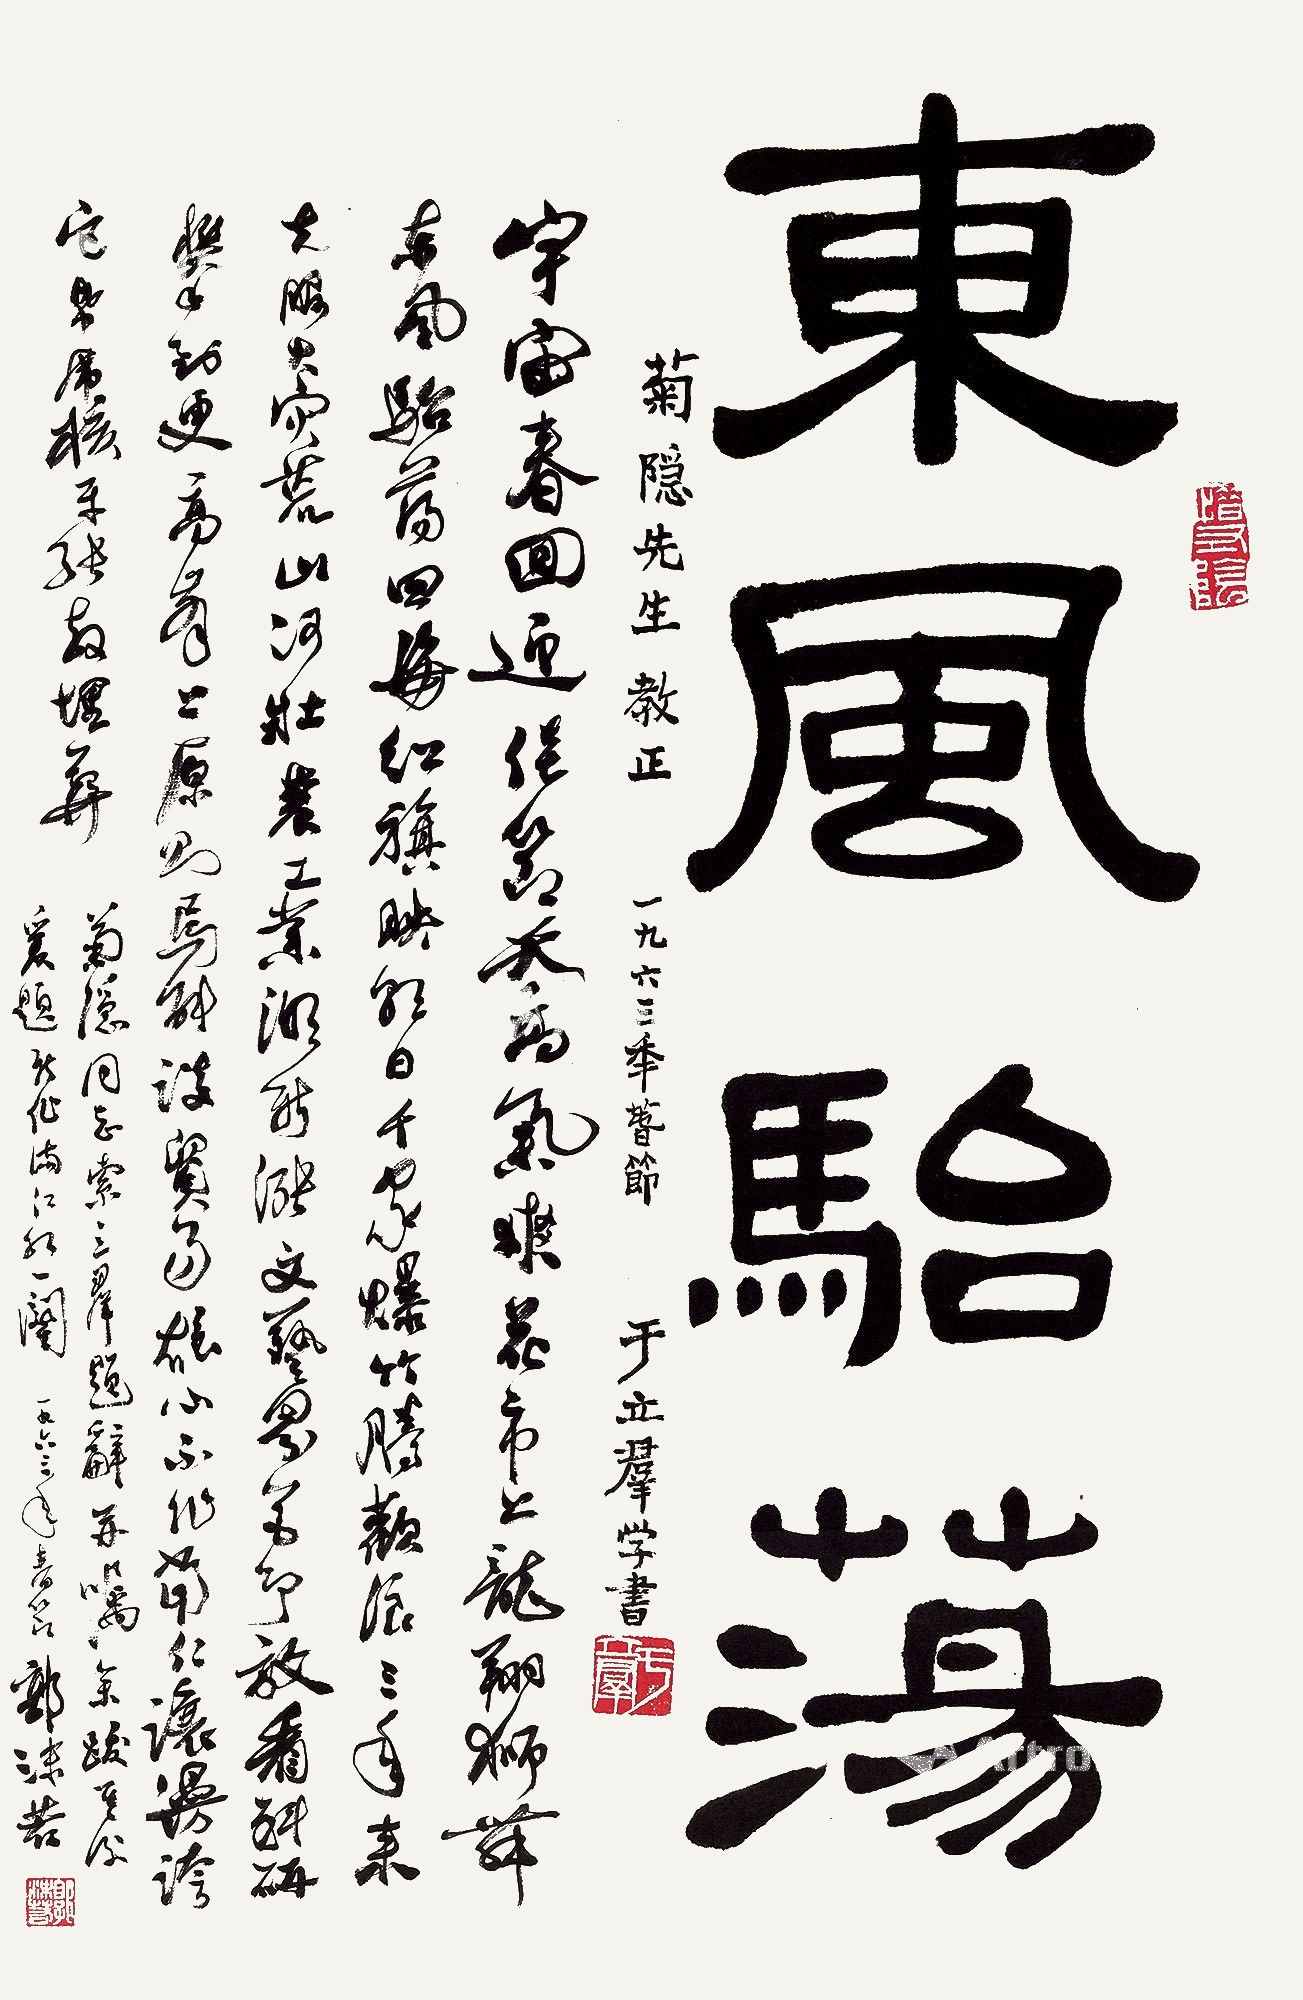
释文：1.东风骀荡。菊隐先生教正。一九六三年春节，于立群学书。2.宇宙春回，迎佳节、天高气爽。花市上，龙翔狮舞，东风骀荡。四海红旗映朝日，千家爆竹腾欢浪。三年来、克服大灾荒，山河壮。农工业，潮新涨。文艺界，花争放。看科研，攀到更高峰上。原则焉能谈贸易，雄心不作当仁让。漫夸它、纸虎核牙张，教埋葬。菊隐同志索立群题辞，并嘱余跋其后，爰题新作《满江红》一阕。一九六三年春节，郭沫若。